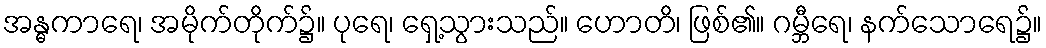
အန္ဓကာရေ၊ အမိုက်တိုက်၌။ ပုရေ၊ ရှေ့သွားသည်။ ဟောတိ၊ ဖြစ်၏။ ဂမ္ဘီရေ၊ နက်သောရေ၌။